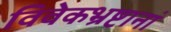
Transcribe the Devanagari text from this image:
विवेकभ्रष्टानां